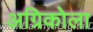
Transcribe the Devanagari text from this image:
अग्रिकोला